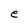
Character: e